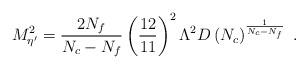
LaTeX: \begin{align*}M^2_{\eta^{\prime}} =\frac{2N_f}{N_c - N_f}\left(\frac{12}{11}\right)^2 \Lambda^2 D\left(N_c\right)^\frac{1}{N_c - N_f} \ .\end{align*}